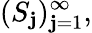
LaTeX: (S_{\mathbf{j}})_{\mathbf{j}=1}^{\infty},